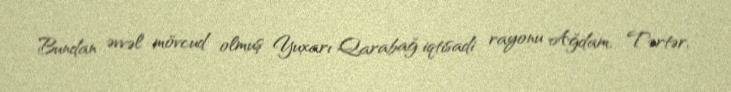
Bundan əvvəl mövcud olmuş Yuxarı Qarabağ iqtisadi rayonu Ağdam, Tərtər,